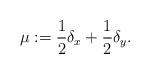
LaTeX: \begin{align*} \mu:=\frac12\delta_x+\frac12\delta_y. \end{align*}